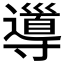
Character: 𡭎